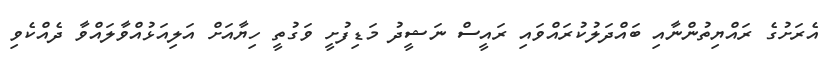
އެރަށުގެ ރައްޔިތުންނާއި ބައްދަލުކުރައްވައި ރައީސް ނަޝީދު މަޑިފުށީ ވަގުތީ ހިޔާއަށް އަލިއަޅުއްވާލައްވާ ދެއްކެވި